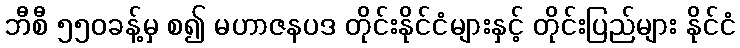
ဘီစီ ၅၅၀ခန့်မှ စ၍ မဟာဇနပဒ တိုင်းနိုင်ငံများနှင့် တိုင်းပြည်များ နိုင်ငံ